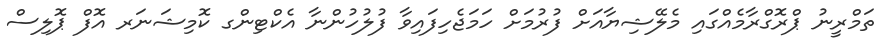
ތަމްރީނު ޕްރޮގްރާމެއްގައި މެލޭޝިޔާއަށް ފުރުމަށް ހަމަޖެހިފައިވާ ފުލުހުންނާ އެކްޓިންގ ކޮމިޝަނަރ އޮފް ޕޮލިސް